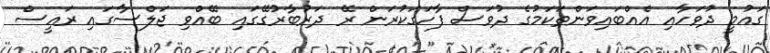
ގައުމީ ދުވަހާއި އެއްބައިވަންތަކަމުގެ ދުވަސް ފާހަގަކުރަން ރޭ ދަރުބާރުގޭގައި ބޭއްވި ޖަލްސާގައި ރައީސް